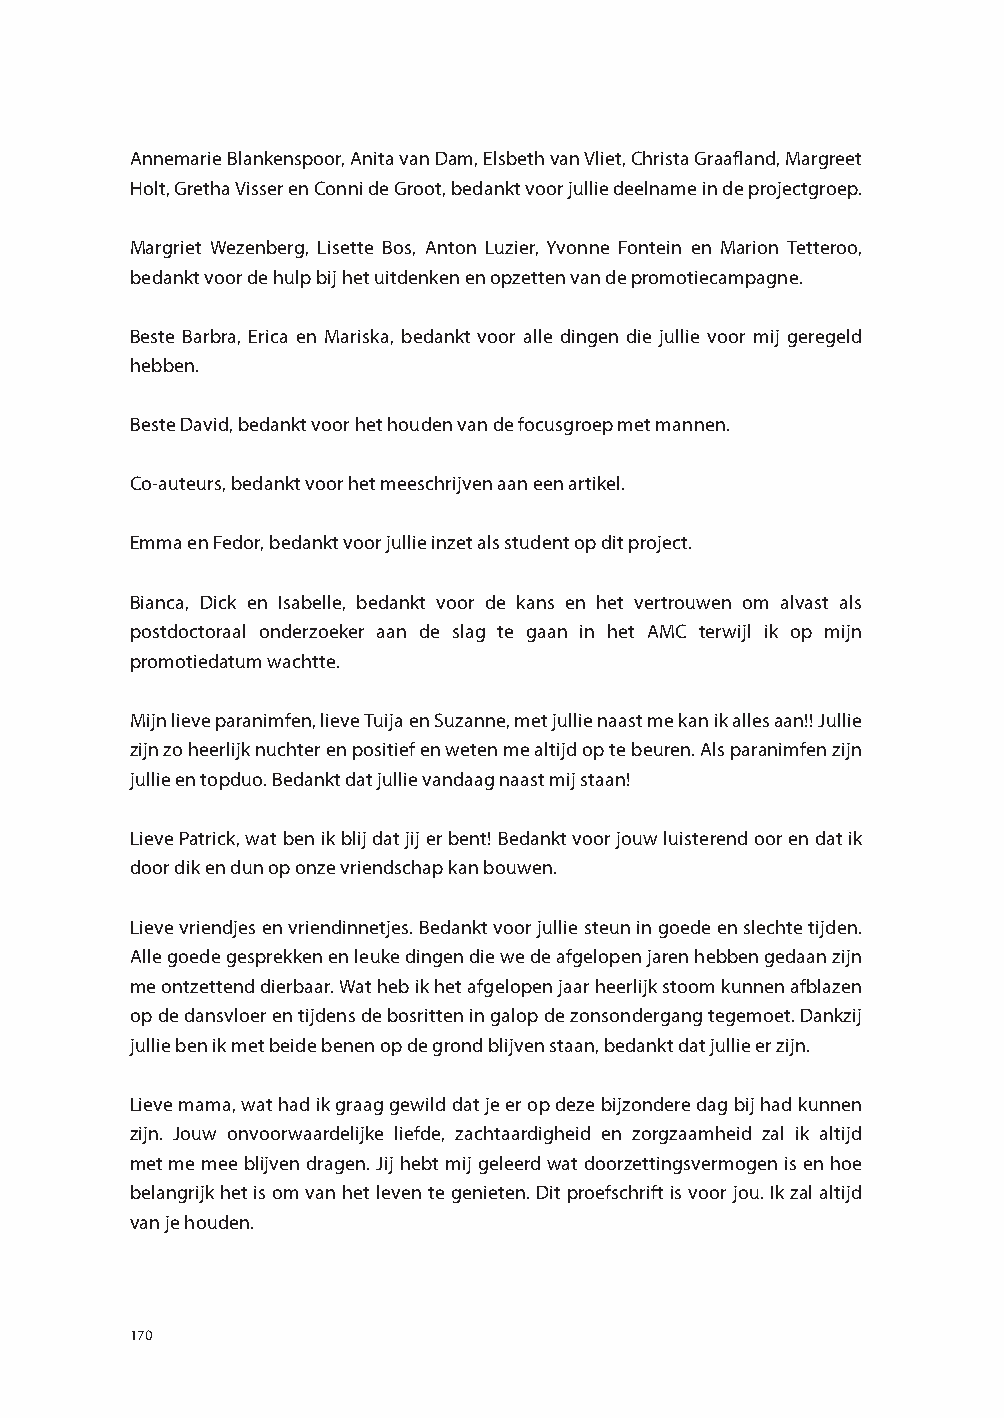
Annemarie Blankenspoor, Anita van Dam, Elsbeth van Vliet, Christa Graafland, Margreet
 Holt, Gretha Visser en Conni de Groot, bedankt voor jullie deelname in de projectgroep.
 Margriet Wezenberg, Lisette Bos, Anton Luzier, Yvonne Fontein en Marion Tetteroo,
 bedankt voor de hulp bij het uitdenken en opzetten van de promotiecampagne.
 Beste Barbra, Erica en Mariska, bedankt voor alle dingen die jullie voor mij geregeld
 hebben.
 Beste David, bedankt voor het houden van de focusgroep met mannen.
 Co-auteurs, bedankt voor het meeschrijven aan een artikel.
 Emma en Fedor, bedankt voor jullie inzet als student op dit project.
 Bianca, Dick en Isabelle, bedankt voor de kans en het vertrouwen om alvast als
 postdoctoraal onderzoeker aan de slag te gaan in het AMC terwijl ik op mijn
 promotiedatum wachtte.
 Mijn lieve paranimfen, lieve Tuija en Suzanne, met jullie naast me kan ik alles aan!! Jullie
 zijn zo heerlijk nuchter en positief en weten me altijd op te beuren. Als paranimfen zijn
 jullie en topduo. Bedankt dat jullie vandaag naast mij staan!
 Lieve Patrick, wat ben ik blij dat jij er bent! Bedankt voor jouw luisterend oor en dat ik
 door dik en dun op onze vriendschap kan bouwen.
 Lieve vriendjes en vriendinnetjes. Bedankt voor jullie steun in goede en slechte tijden.
 Alle goede gesprekken en leuke dingen die we de afgelopen jaren hebben gedaan zijn
 me ontzettend dierbaar. Wat heb ik het afgelopen jaar heerlijk stoom kunnen afblazen
 op de dansvloer en tijdens de bosritten in galop de zonsondergang tegemoet. Dankzij
 jullie ben ik met beide benen op de grond blijven staan, bedankt dat jullie er zijn.
 Lieve mama, wat had ik graag gewild dat je er op deze bijzondere dag bij had kunnen
 zijn. Jouw onvoorwaardelijke liefde, zachtaardigheid en zorgzaamheid zal ik altijd
 met me mee blijven dragen. Jij hebt mij geleerd wat doorzettingsvermogen is en hoe
 belangrijk het is om van het leven te genieten. Dit proefschrift is voor jou. Ik zal altijd
 van je houden.
 170